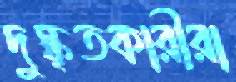
দুস্কৃতকারীরা